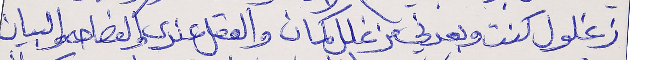
زغلول كنت وبعدني مزغلل كمان      والعقل عندي والفصاحه والبيان